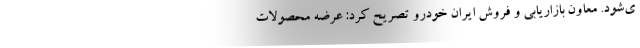
ی‌شود. معاون بازاریابی و فروش ایران خودرو تصریح کرد: عرضه محصولات